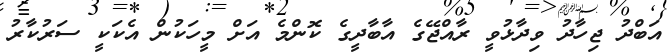
އަބްދު ޖިހާދު ވިދާޅުވީ ރާއްޖޭގެ އާބާދީގެ ކޮންމެ އަށް މީހަކުން އެކަކީ ސަރުކާރު